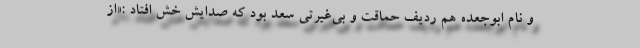
و نام ابوجعده هم ردیف حماقت و بی‌غیرتی سعد بود که صدایش خش افتاد :«از